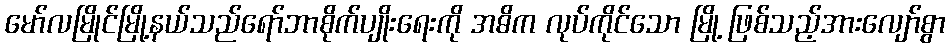
မော်လမြိုင်မြို့နယ်သည်ရော်ဘာစိုက်ပျိုးရေးကို အဓိက လုပ်ကိုင်သော မြို့ ဖြစ်သည့်အားလျော်စွာ